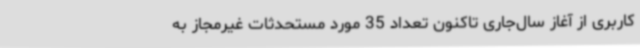
کاربری از آغاز سال‌جاری تاکنون تعداد 35 مورد مستحدثات غیرمجاز به